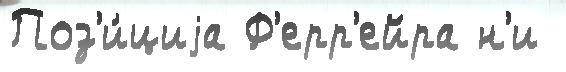
Поз'и́циjа Ф'ерр'ейра н'и